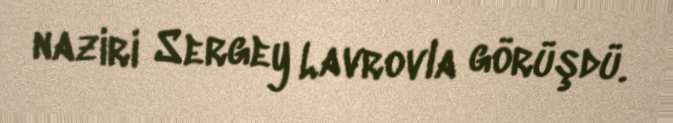
naziri Sergey Lavrovla görüşdü.